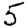
Digit: 5